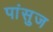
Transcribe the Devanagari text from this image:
पांसुज